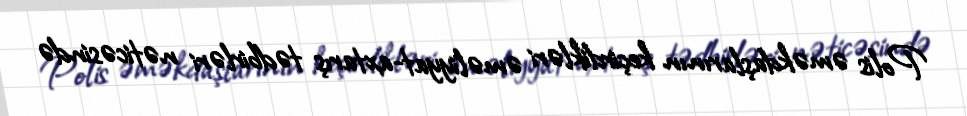
Polis əməkdaşlarının keçirdikləri əməliyyat-axtarış tədbirləri nəticəsində